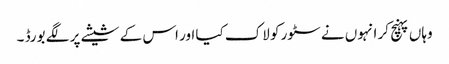
وہاں پہنچ کر انہوں نے سٹور کو لاک کیا اور اس کے شیشے پر لگے بورڈ ۔